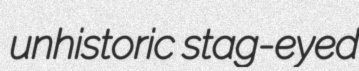
unhistoric stag-eyed